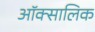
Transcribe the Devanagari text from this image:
ऑक्सालिक